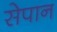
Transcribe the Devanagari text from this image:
सेपान